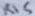
Text: R15